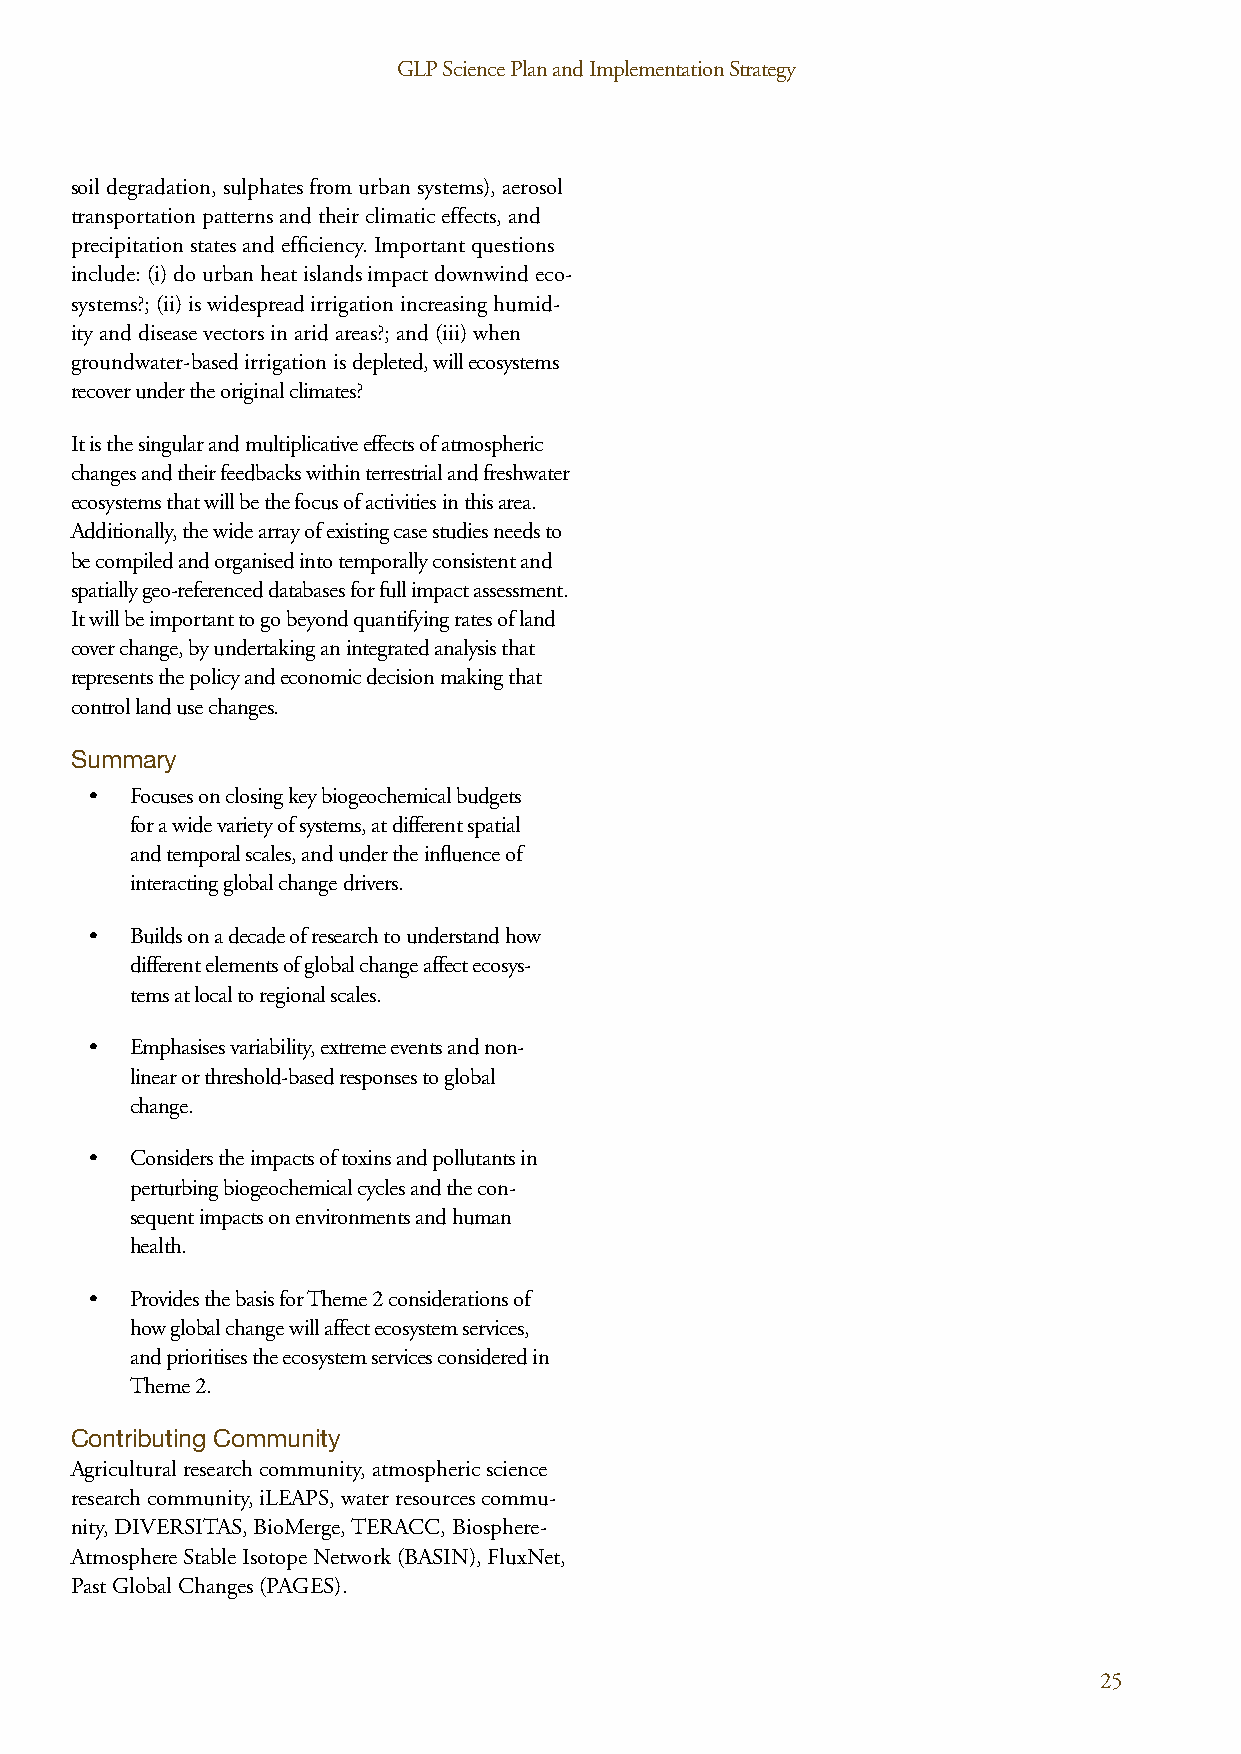
GLP Science Plan and Implementation Strategy GLP Science Plan and Implementation Strategy
 soil degradation, sulphates from urban systems), aerosol
 transportation patterns and their climatic effects, and
 precipitation states and efficiency. Important questions
 include: (i) do urban heat islands impact downwind eco-
 systems?; (ii) is widespread irrigation increasing humid-
 ity and disease vectors in arid areas?; and (iii) when
 groundwater-based irrigation is depleted, will ecosystems
 recover under the original climates?
 It is the singular and multiplicative effects of atmospheric
 changes and their feedbacks within terrestrial and freshwater
 ecosystems that will be the focus of activities in this area.
 Additionally, the wide array of existing case studies needs to
 be compiled and organised into temporally consistent and
 spatially geo-referenced databases for full impact assessment.
 It will be important to go beyond quantifying rates of land
 cover change, by undertaking an integrated analysis that
 represents the policy and economic decision making that
 control land use changes.
 Summary
 •  Focuses on closing key biogeochemical budgets
 for a wide variety of systems, at different spatial
 and temporal scales, and under the influence of
 interacting global change drivers.
 •  Builds on a decade of research to understand how
 different elements of global change affect ecosys-
 tems at local to regional scales.
 •  Emphasises variability, extreme events and non-
 linear or threshold-based responses to global
 change.
 •  Considers the impacts of toxins and pollutants in
 perturbing biogeochemical cycles and the con-
 sequent impacts on environments and human
 health.
 •  Provides the basis for Theme 2 considerations of
 how global change will affect ecosystem services,
 and prioritises the ecosystem services considered in
 Theme 2.
 Contributing Community
 Agricultural research community, atmospheric science
 research community, iLEAPS, water resources commu-
 nity, DIVERSITAS, BioMerge, TERACC, Biosphere-
 Atmosphere Stable Isotope Network (BASIN), FluxNet,
 Past Global Changes (PAGES).
 24                                                                       25